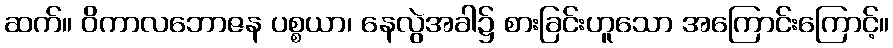
ဆက်။ ဝိကာလဘောဇန ပစ္စယာ၊ နေလွဲအခါ၌ စားခြင်းဟူသော အကြောင်းကြောင့်။